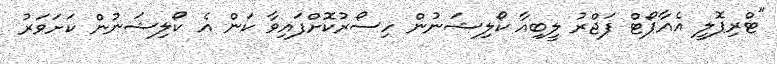
"ޓްރިޕޮލީ އެއާޕޯޓް ފަޖްރު ލީބިއާ ކޯލިޝަނުން ހިސޯރުކޮށްފައިވާ ކަން އެ ކޯލިޝަނުން ކަށަވަރު